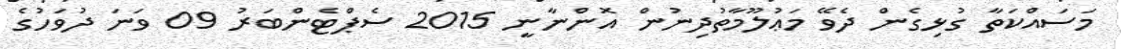
މަސައްކަތާ ގުޅިގެން ދެވޭ މަޢުލޫމާތުދިނުން އޮންނާނީ 2015 ސެޕްޓެންބަރު 09 ވަނަ ދުވަހުގެ